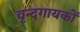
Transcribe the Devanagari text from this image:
वृन्दगायकों